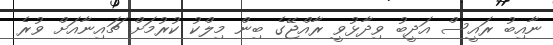
ނާއިބު ރައީސް އަދީބު ވިދާޅުވީ ރާއްޖޭގެ ބިން މިލްކު ކުރުމަށް ޗައިނާއަށް ވުރެ